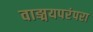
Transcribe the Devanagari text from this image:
वाङ्मयपरंपरा